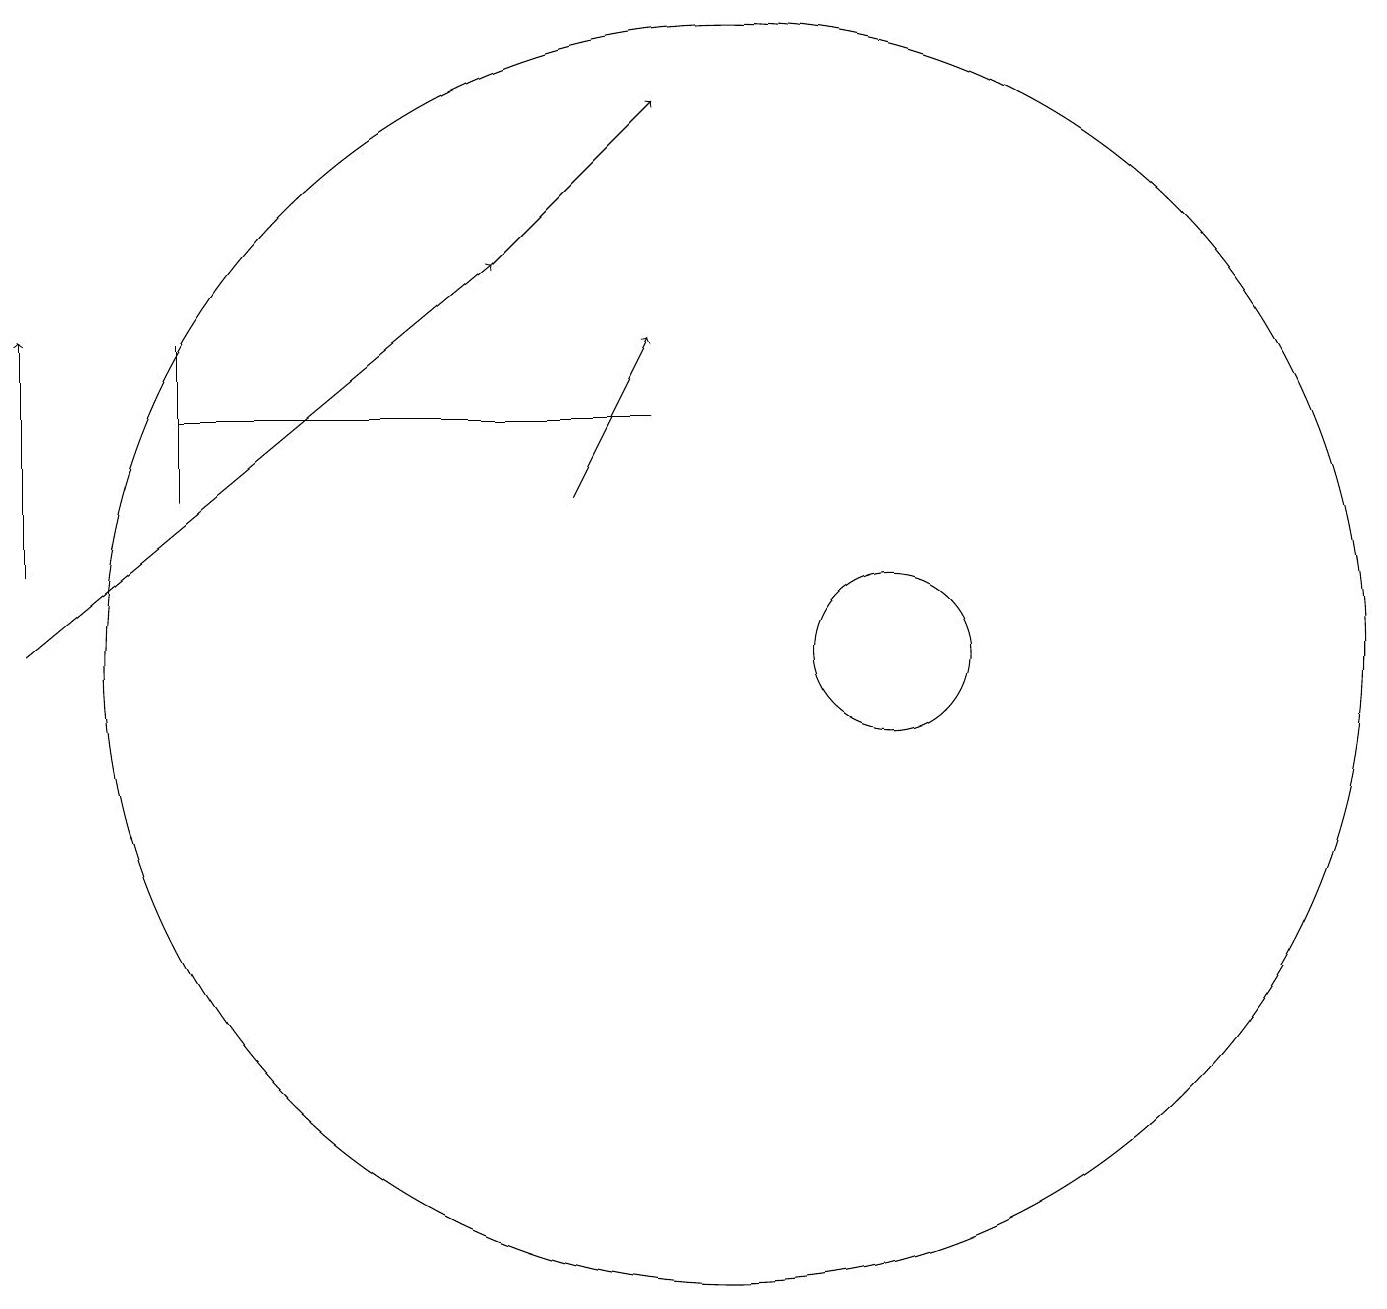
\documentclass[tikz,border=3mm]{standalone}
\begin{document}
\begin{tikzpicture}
\draw (9,14) rectangle (3,14);
\draw[->] (1,11) -- (7,16);
\draw (3,15) rectangle (3,13);
\draw (10,11) circle (8);
\draw[->] (8,13) -- (9,15);
\draw[->] (7,16) -- (9,18);
\draw (12,11) circle (1);
\draw[->] (1,12) -- (1,15);
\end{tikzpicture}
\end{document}